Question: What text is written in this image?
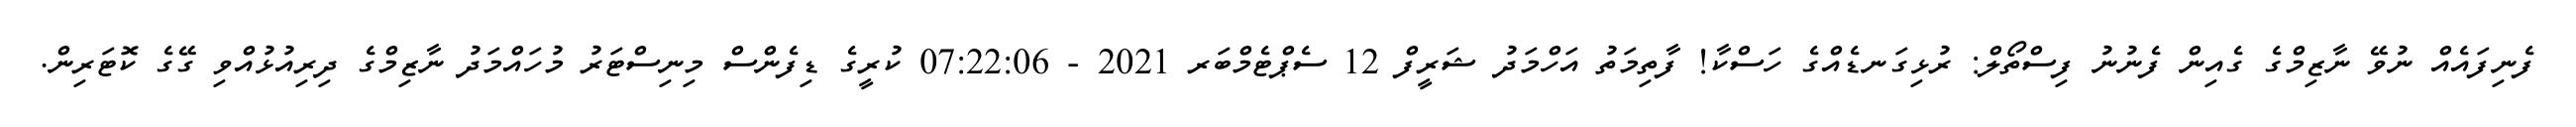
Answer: ފެނިފައެއް ނުވޭ ނާޒިމްގެ ގެއިން ފެނުނު ފިސްތޯލް: ރުޅިގަނޑެއްގެ ހަސްކާ! ފާތިމަތު އަހްމަދު ޝަރީފް 12 ސެޕްޓެމްބަރ 2021 - 07:22:06 ކުރީގެ ޑިފެންސް މިނިސްޓަރު މުހައްމަދު ނާޒިމްގެ ދިރިއުޅުއްވި ގޭގެ ކޮޓަރިން.